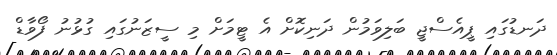
ދަނޑުގައި ޕީއެސްޖީ ބަލިވަމުން ދަނިކޮށް އެ ޓީމަށް މި ސީޒަނުގައި ގުޅުނު ފޯވާޑް